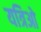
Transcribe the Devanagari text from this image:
यत्रिओ